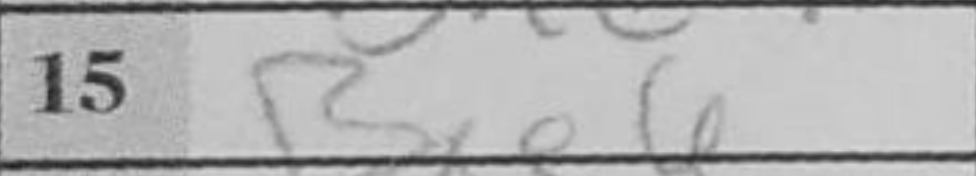
Transcription: Bxe6